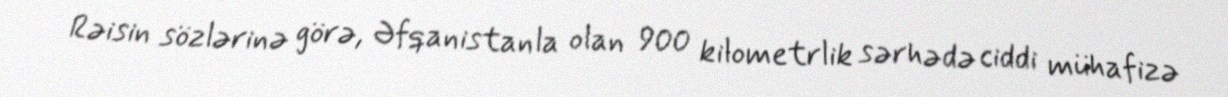
Rəisin sözlərinə görə, Əfqanistanla olan 900 kilometrlik sərhədə ciddi mühafizə